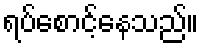
ရပ်စောင့်နေသည်။